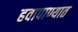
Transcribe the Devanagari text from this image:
हवापाण्यात